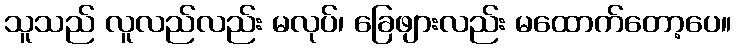
သူသည် လူလည်လည်း မလုပ်၊ ခြေဖျားလည်း မထောက်တော့ပေ။